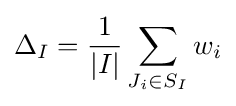
\Delta _{I}={\frac {1}{|I|}}\sum _{J_{i}\in S_{I}}w_{i}